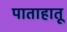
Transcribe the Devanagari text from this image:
पाताहातू